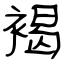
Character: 褐